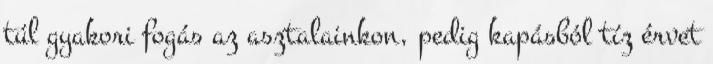
túl gyakori fogás az asztalainkon, pedig kapásból tíz érvet